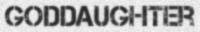
GODDAUGHTER